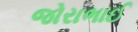
જોરાભાઈ